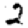
Digit: 2